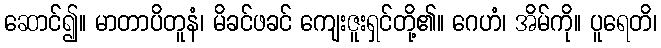
ဆောင်၍။ မာတာပိတူနံ၊ မိခင်ဖခင် ကျေးဇူးရှင်တို့၏။ ဂေဟံ၊ အိမ်ကို။ ပူရေတိ၊